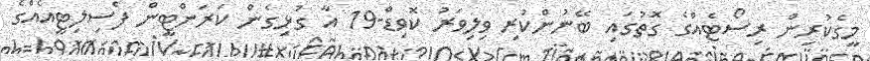
މީގެކުރިން ރިސޯޓެއްގެ ގޮތުގައި ބޭނުންކުރި ވިލިވަރު ކޮވިޑް-19 އާ ގުޅިގެން ކަރަންޓީން ފެސިލިޓީއެއްގެ